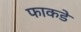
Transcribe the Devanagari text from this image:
फाकडे